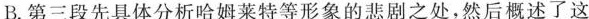
B.第三段先具体分析哈姆莱特等形象的悲剧之处，然后概述了这